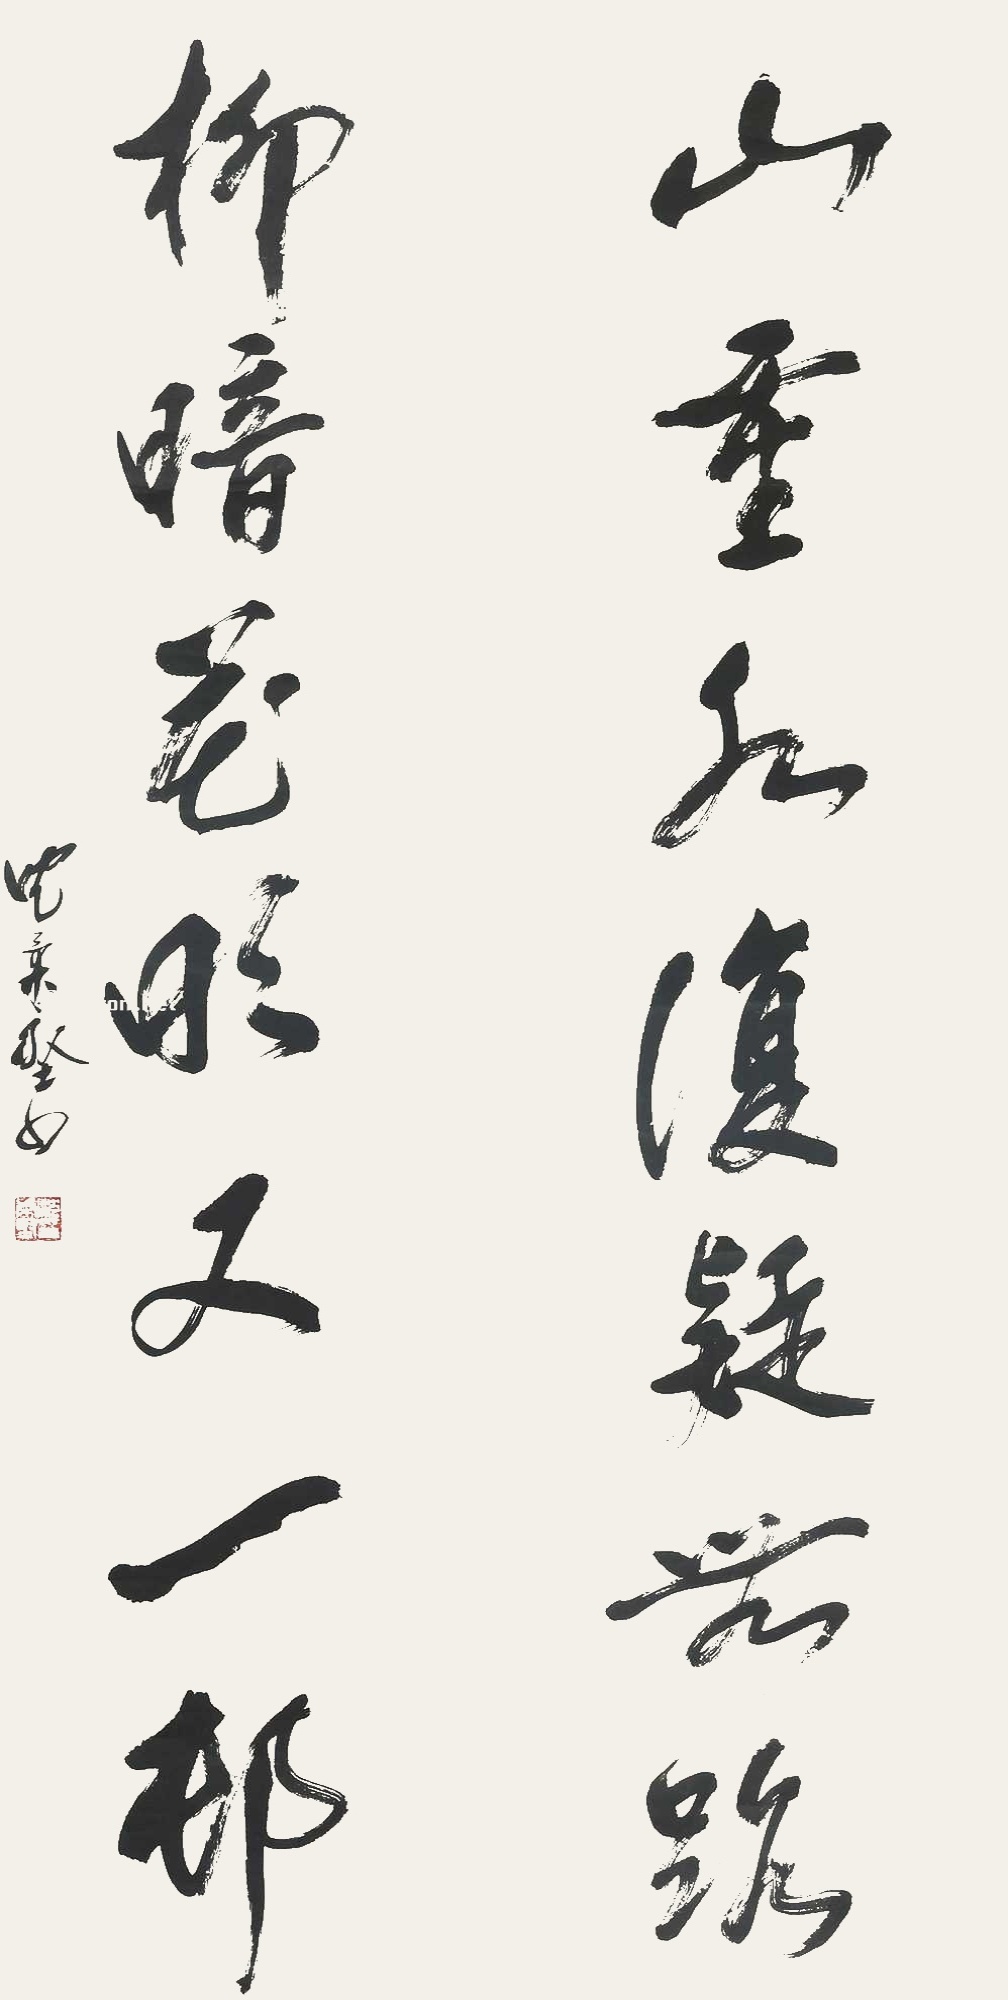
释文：山重水复疑无路，柳暗花明又一村。沈柔坚书。